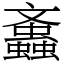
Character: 䘇